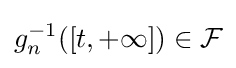
g_{n}^{-1}([t,+\infty ])\in {\mathcal {F}}